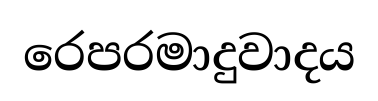
රෙපරමාදුවාදය